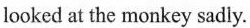
looked at the monkey sadly.